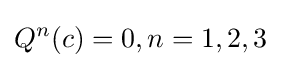
Q^{n}(c)=0,n=1,2,3